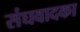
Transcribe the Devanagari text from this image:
संघवादका